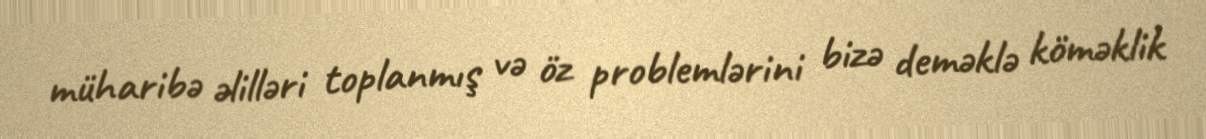
müharibə əlilləri toplanmış və öz problemlərini bizə deməklə köməklik